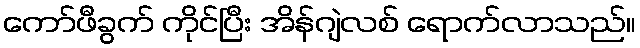
ကော်ဖီခွက် ကိုင်ပြီး အိန်ဂျဲလစ် ရောက်လာသည်။